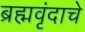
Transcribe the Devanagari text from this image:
ब्रह्मवृंदाचे